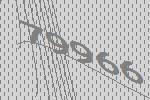
79966